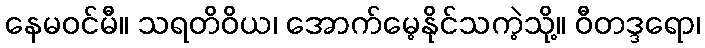
နေမဝင်မီ။ သရတိဝိယ၊ အောက်မေ့နိုင်သကဲ့သို့။ ဝီတဒ္ဒရော၊